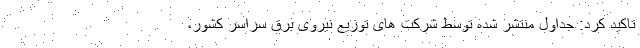
تاکید کرد: جداول منتشر شده توسط شرکت های توزیع نیروی برق سراسر کشور،